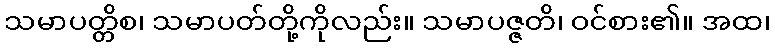
သမာပတ္တိစ၊ သမာပတ်တို့ကိုလည်း။ သမာပဇ္ဇတိ၊ ဝင်စား၏။ အထ၊